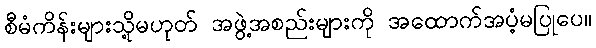
စီမံကိန်းများသို့မဟုတ် အဖွဲ့အစည်းများကို အထောက်အပံ့မပြုပေ။